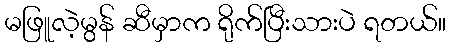
မဖြူလဲ့မွန် ဆီမှာက ရိုက်ပြီးသားပဲ ရတယ်။